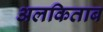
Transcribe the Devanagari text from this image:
अलकिताब